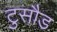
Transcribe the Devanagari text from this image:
टुसौड